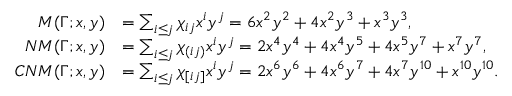
\begin{array} { r l } { M ( \Gamma ; x , y ) } & { = \sum _ { i \leq j } \chi _ { i j } x ^ { i } y ^ { j } = 6 x ^ { 2 } y ^ { 2 } + 4 x ^ { 2 } y ^ { 3 } + x ^ { 3 } y ^ { 3 } , } \\ { N M ( \Gamma ; x , y ) } & { = \sum _ { i \leq j } \chi _ { ( i j ) } x ^ { i } y ^ { j } = 2 x ^ { 4 } y ^ { 4 } + 4 x ^ { 4 } y ^ { 5 } + 4 x ^ { 5 } y ^ { 7 } + x ^ { 7 } y ^ { 7 } , } \\ { C N M ( \Gamma ; x , y ) } & { = \sum _ { i \leq j } \chi _ { [ i j ] } x ^ { i } y ^ { j } = 2 x ^ { 6 } y ^ { 6 } + 4 x ^ { 6 } y ^ { 7 } + 4 x ^ { 7 } y ^ { 1 0 } + x ^ { 1 0 } y ^ { 1 0 } . } \end{array}